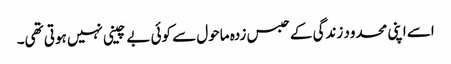
اسے اپنی محدود زندگی کے حبس زدہ ماحول سے کوئی بے چینی نہیں ہوتی تھی۔